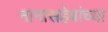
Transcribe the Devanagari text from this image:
नानासहेबांच्या